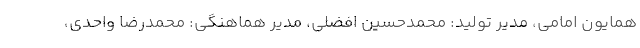
همایون امامی، مدیر تولید: محمدحسین افضلی، مدیر هماهنگی: محمدرضا واحدی،